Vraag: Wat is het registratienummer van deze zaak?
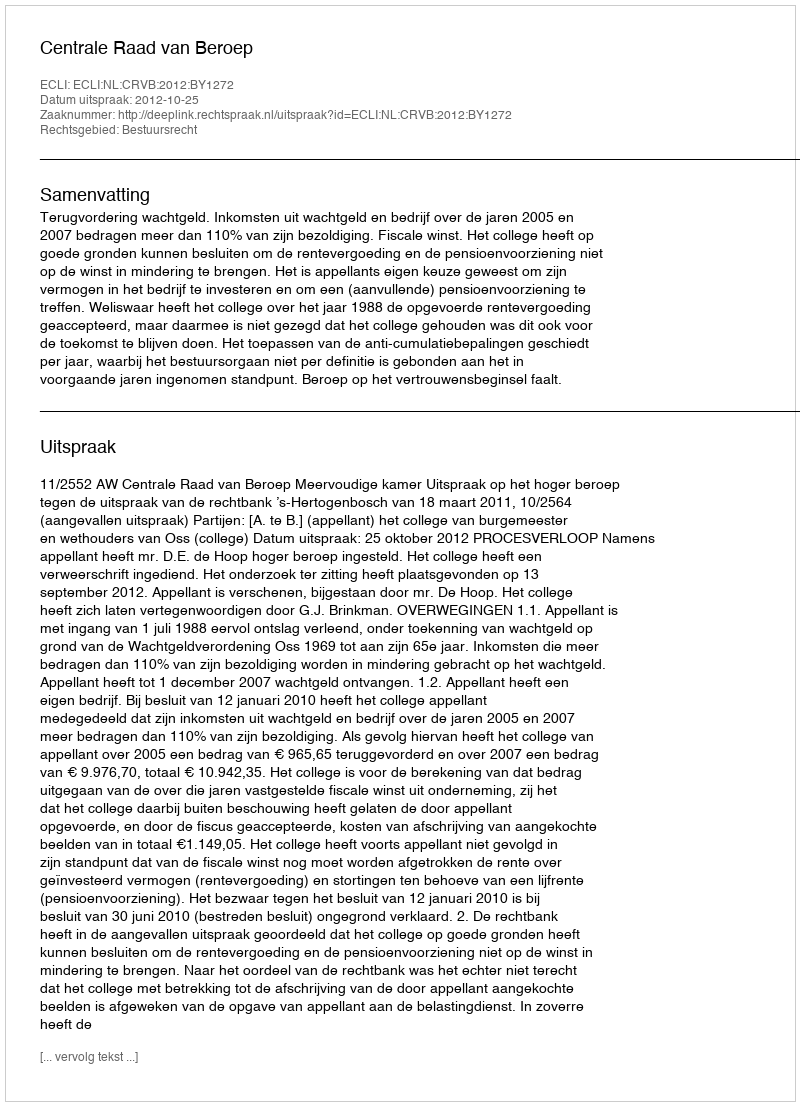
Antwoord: http://deeplink.rechtspraak.nl/uitspraak?id=ECLI:NL:CRVB:2012:BY1272